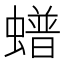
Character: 𧑹